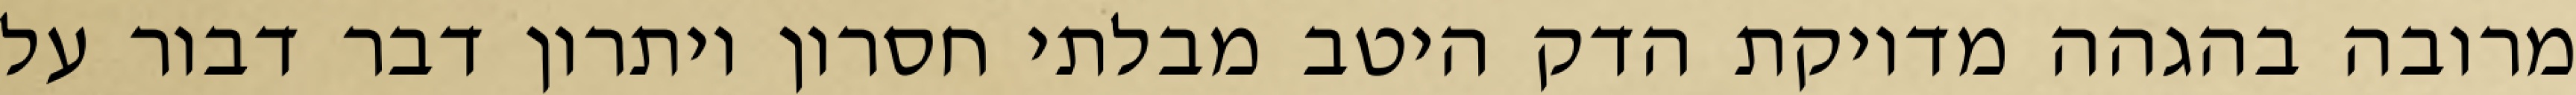
מרובה בהגהה מדויקת הדק היטב מבלתי חסרון ויתרון דבר דבור על